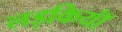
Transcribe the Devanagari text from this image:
लड़कियॉं